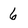
Character: 6